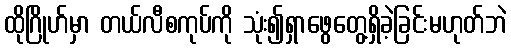
ထိုဂြိုဟ်မှာ တယ်လီစကုပ်ကို သုံး၍ရှာဖွေတွေ့ရှိခဲ့ခြင်းမဟုတ်ဘဲ